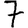
Digit: 7